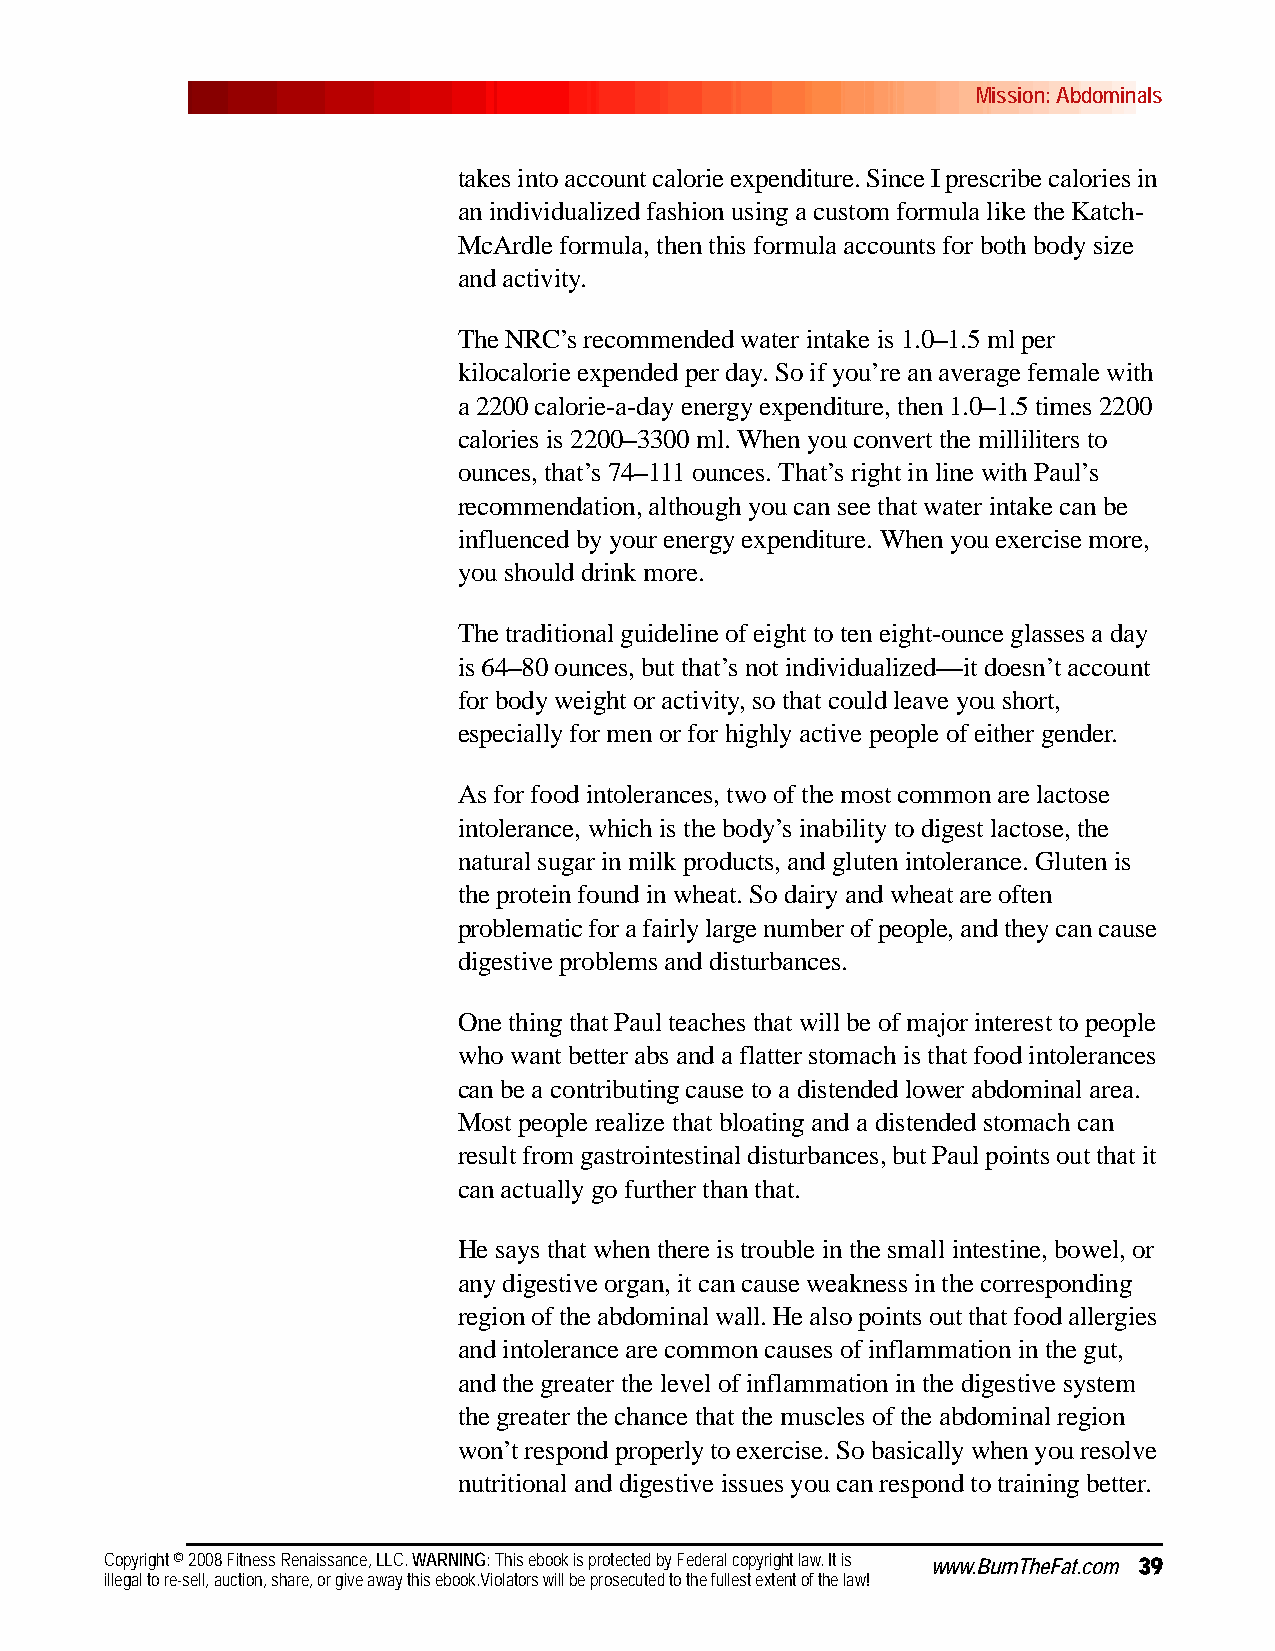
Mission: Abdominals
 takes into account calorie expenditure. Since I prescribe calories in
 an individualized fashion using a custom formula like the Katch-
 McArdle formula, then this formula accounts for both body size
 and activity.
 The NRC’s recommended water intake is 1.0–1.5 ml per
 kilocalorie expended per day. So if you’re an average female with
 a 2200 calorie-a-day energy expenditure, then 1.0–1.5 times 2200
 calories is 2200–3300 ml. When you convert the milliliters to
 ounces, that’s 74–111 ounces. That’s right in line with Paul’s
 recommendation, although you can see that water intake can be
 influenced by your energy expenditure. When you exercise more,
 you should drink more.
 The traditional guideline of eight to ten eight-ounce glasses a day
 is 64–80 ounces, but that’s not individualized—it doesn’t account
 for body weight or activity, so that could leave you short,
 especially for men or for highly active people of either gender.
 As for food intolerances, two of the most common are lactose
 intolerance, which is the body’s inability to digest lactose, the
 natural sugar in milk products, and gluten intolerance. Gluten is
 the protein found in wheat. So dairy and wheat are often
 problematic for a fairly large number of people, and they can cause
 digestive problems and disturbances.
 One thing that Paul teaches that will be of major interest to people
 who want better abs and a flatter stomach is that food intolerances
 can be a contributing cause to a distended lower abdominal area.
 Most people realize that bloating and a distended stomach can
 result from gastrointestinal disturbances, but Paul points out that it
 can actually go further than that.
 He says that when there is trouble in the small intestine, bowel, or
 any digestive organ, it can cause weakness in the corresponding
 region of the abdominal wall. He also points out that food allergies
 and intolerance are common causes of inflammation in the gut,
 and the greater the level of inflammation in the digestive system
 the greater the chance that the muscles of the abdominal region
 won’t respond properly to exercise. So basically when you resolve
 nutritional and digestive issues you can respond to training better.
 Copyright © 2008 Fitness Renaissance, LLC. WARNING: This ebook is protected by Federal copyright law. It is www.BurnTheFat.com 39
 illegal to re-sell, auction, share, or give away this ebook.Violators will be prosecuted to the fullest extent of the law!